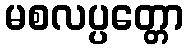
မစလပ္ပတ္တော